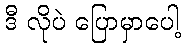
ဒီ လိုပဲ ပြောမှာပေါ့